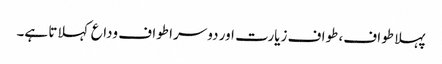
پہلا طواف، طواف زیارت اور دوسرا طواف وداع کہلاتا ہے۔